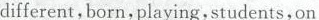
different,born,playing.Students,on